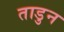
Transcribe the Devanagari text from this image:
ताडुन